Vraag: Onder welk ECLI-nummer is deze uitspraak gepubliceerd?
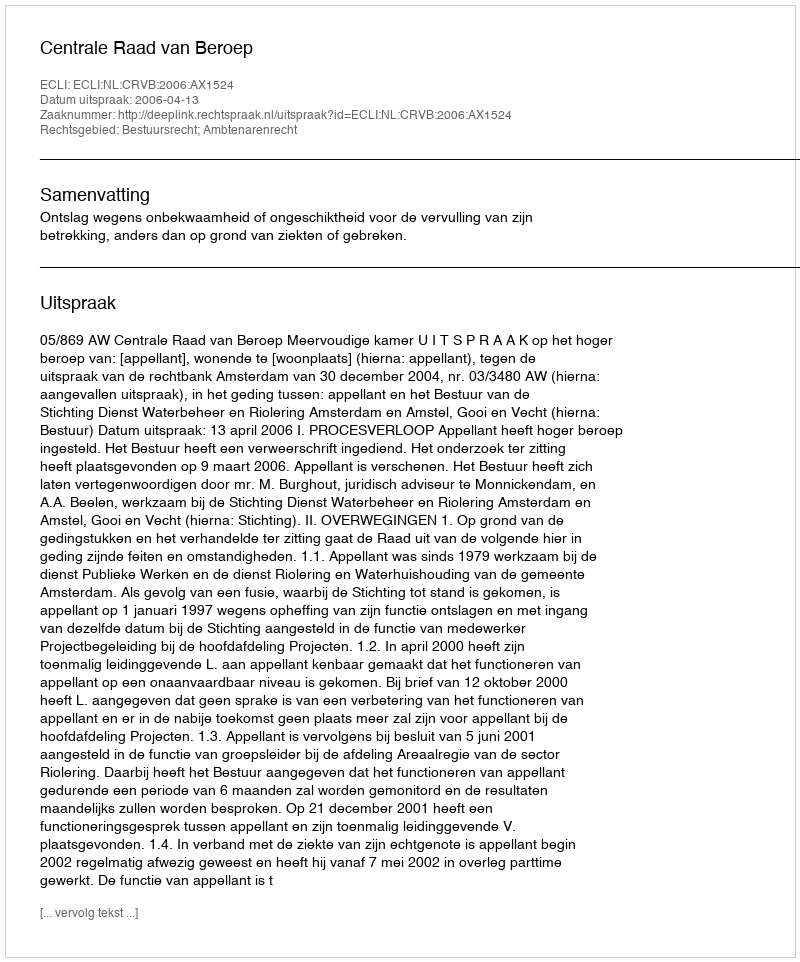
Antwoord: ECLI:NL:CRVB:2006:AX1524